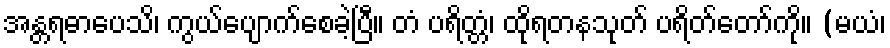
အန္တရဓာပေသိ၊ ကွယ်ပျောက်စေခဲ့ပြီ။ တံ ပရိတ္တံ၊ ထိုရတနသုတ် ပရိတ်တော်ကို။ (မယံ၊